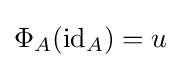
\Phi _{A}(\mathrm {id} _{A})=u